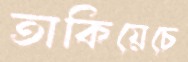
তাকিয়েচে